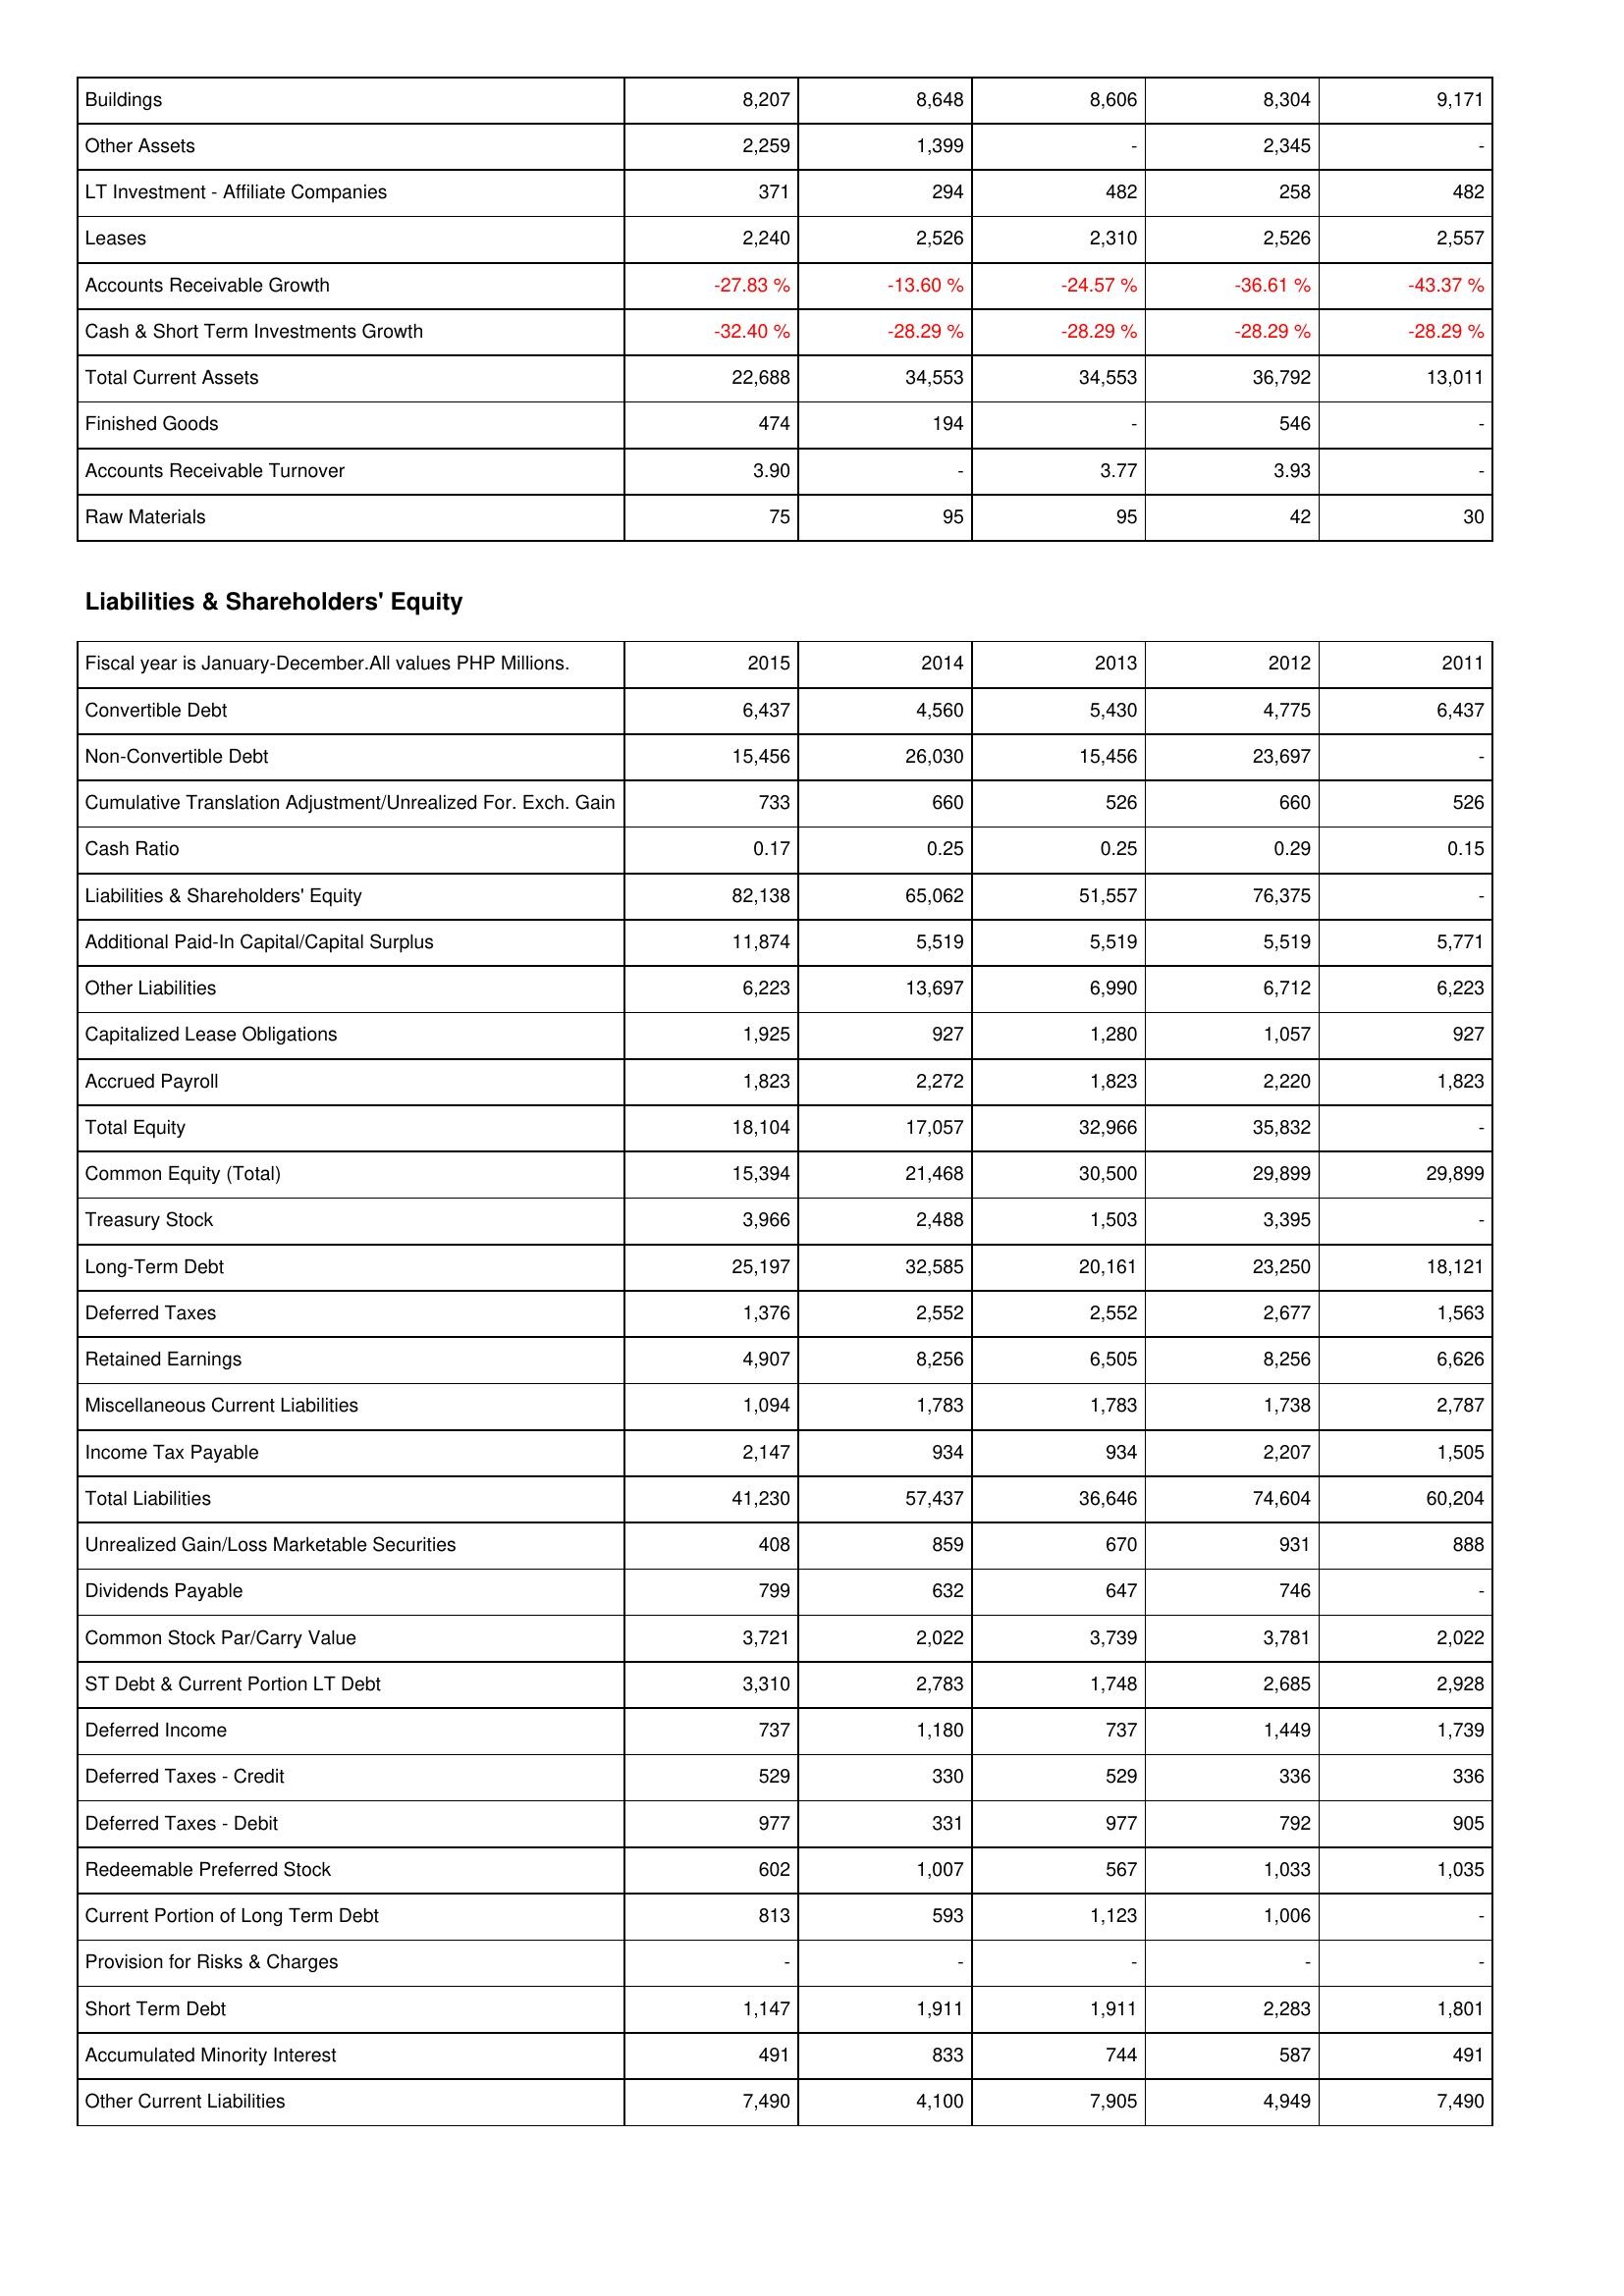
2015: Assets: Buildings: 8,207
Other Assets: 2,259
LT Investment - Affiliate Companies: 371
Leases: 2,240
Accounts Receivable Growth: -27.83 %
Cash & Short Term Investments Growth: -32.40 %
Total Current Assets: 22,688
Finished Goods: 474
Accounts Receivable Turnover: 3.90
Raw Materials: 75
Liabilities & Shareholders' Equity: Convertible Debt: 6,437
Non-Convertible Debt: 15,456
Cumulative Translation Adjustment/Unrealized For. Exch. Gain: 733
Cash Ratio: 0.17
Liabilities & Shareholders' Equity: 82,138
Additional Paid-In Capital/Capital Surplus: 11,874
Other Liabilities: 6,223
Capitalized Lease Obligations: 1,925
Accrued Payroll: 1,823
Total Equity: 18,104
Common Equity (Total): 15,394
Treasury Stock: 3,966
Long-Term Debt: 25,197
Deferred Taxes: 1,376
Retained Earnings: 4,907
Miscellaneous Current Liabilities: 1,094
Income Tax Payable: 2,147
Total Liabilities: 41,230
Unrealized Gain/Loss Marketable Securities: 408
Dividends Payable: 799
Common Stock Par/Carry Value: 3,721
ST Debt & Current Portion LT Debt: 3,310
Deferred Income: 737
Deferred Taxes - Credit: 529
Deferred Taxes - Debit: 977
Redeemable Preferred Stock: 602
Current Portion of Long Term Debt: 813
Provision for Risks & Charges: -
Short Term Debt: 1,147
Accumulated Minority Interest: 491
Other Current Liabilities: 7,490
2014: Assets: Buildings: 8,648
Other Assets: 1,399
LT Investment - Affiliate Companies: 294
Leases: 2,526
Accounts Receivable Growth: -13.60 %
Cash & Short Term Investments Growth: -28.29 %
Total Current Assets: 34,553
Finished Goods: 194
Accounts Receivable Turnover: -
Raw Materials: 95
Liabilities & Shareholders' Equity: Convertible Debt: 4,560
Non-Convertible Debt: 26,030
Cumulative Translation Adjustment/Unrealized For. Exch. Gain: 660
Cash Ratio: 0.25
Liabilities & Shareholders' Equity: 65,062
Additional Paid-In Capital/Capital Surplus: 5,519
Other Liabilities: 13,697
Capitalized Lease Obligations: 927
Accrued Payroll: 2,272
Total Equity: 17,057
Common Equity (Total): 21,468
Treasury Stock: 2,488
Long-Term Debt: 32,585
Deferred Taxes: 2,552
Retained Earnings: 8,256
Miscellaneous Current Liabilities: 1,783
Income Tax Payable: 934
Total Liabilities: 57,437
Unrealized Gain/Loss Marketable Securities: 859
Dividends Payable: 632
Common Stock Par/Carry Value: 2,022
ST Debt & Current Portion LT Debt: 2,783
Deferred Income: 1,180
Deferred Taxes - Credit: 330
Deferred Taxes - Debit: 331
Redeemable Preferred Stock: 1,007
Current Portion of Long Term Debt: 593
Provision for Risks & Charges: -
Short Term Debt: 1,911
Accumulated Minority Interest: 833
Other Current Liabilities: 4,100
2013: Assets: Buildings: 8,606
Other Assets: -
LT Investment - Affiliate Companies: 482
Leases: 2,310
Accounts Receivable Growth: -24.57 %
Cash & Short Term Investments Growth: -28.29 %
Total Current Assets: 34,553
Finished Goods: -
Accounts Receivable Turnover: 3.77
Raw Materials: 95
Liabilities & Shareholders' Equity: Convertible Debt: 5,430
Non-Convertible Debt: 15,456
Cumulative Translation Adjustment/Unrealized For. Exch. Gain: 526
Cash Ratio: 0.25
Liabilities & Shareholders' Equity: 51,557
Additional Paid-In Capital/Capital Surplus: 5,519
Other Liabilities: 6,990
Capitalized Lease Obligations: 1,280
Accrued Payroll: 1,823
Total Equity: 32,966
Common Equity (Total): 30,500
Treasury Stock: 1,503
Long-Term Debt: 20,161
Deferred Taxes: 2,552
Retained Earnings: 6,505
Miscellaneous Current Liabilities: 1,783
Income Tax Payable: 934
Total Liabilities: 36,646
Unrealized Gain/Loss Marketable Securities: 670
Dividends Payable: 647
Common Stock Par/Carry Value: 3,739
ST Debt & Current Portion LT Debt: 1,748
Deferred Income: 737
Deferred Taxes - Credit: 529
Deferred Taxes - Debit: 977
Redeemable Preferred Stock: 567
Current Portion of Long Term Debt: 1,123
Provision for Risks & Charges: -
Short Term Debt: 1,911
Accumulated Minority Interest: 744
Other Current Liabilities: 7,905
2012: Assets: Buildings: 8,304
Other Assets: 2,345
LT Investment - Affiliate Companies: 258
Leases: 2,526
Accounts Receivable Growth: -36.61 %
Cash & Short Term Investments Growth: -28.29 %
Total Current Assets: 36,792
Finished Goods: 546
Accounts Receivable Turnover: 3.93
Raw Materials: 42
Liabilities & Shareholders' Equity: Convertible Debt: 4,775
Non-Convertible Debt: 23,697
Cumulative Translation Adjustment/Unrealized For. Exch. Gain: 660
Cash Ratio: 0.29
Liabilities & Shareholders' Equity: 76,375
Additional Paid-In Capital/Capital Surplus: 5,519
Other Liabilities: 6,712
Capitalized Lease Obligations: 1,057
Accrued Payroll: 2,220
Total Equity: 35,832
Common Equity (Total): 29,899
Treasury Stock: 3,395
Long-Term Debt: 23,250
Deferred Taxes: 2,677
Retained Earnings: 8,256
Miscellaneous Current Liabilities: 1,738
Income Tax Payable: 2,207
Total Liabilities: 74,604
Unrealized Gain/Loss Marketable Securities: 931
Dividends Payable: 746
Common Stock Par/Carry Value: 3,781
ST Debt & Current Portion LT Debt: 2,685
Deferred Income: 1,449
Deferred Taxes - Credit: 336
Deferred Taxes - Debit: 792
Redeemable Preferred Stock: 1,033
Current Portion of Long Term Debt: 1,006
Provision for Risks & Charges: -
Short Term Debt: 2,283
Accumulated Minority Interest: 587
Other Current Liabilities: 4,949
2011: Assets: Buildings: 9,171
Other Assets: -
LT Investment - Affiliate Companies: 482
Leases: 2,557
Accounts Receivable Growth: -43.37 %
Cash & Short Term Investments Growth: -28.29 %
Total Current Assets: 13,011
Finished Goods: -
Accounts Receivable Turnover: -
Raw Materials: 30
Liabilities & Shareholders' Equity: Convertible Debt: 6,437
Non-Convertible Debt: -
Cumulative Translation Adjustment/Unrealized For. Exch. Gain: 526
Cash Ratio: 0.15
Liabilities & Shareholders' Equity: -
Additional Paid-In Capital/Capital Surplus: 5,771
Other Liabilities: 6,223
Capitalized Lease Obligations: 927
Accrued Payroll: 1,823
Total Equity: -
Common Equity (Total): 29,899
Treasury Stock: -
Long-Term Debt: 18,121
Deferred Taxes: 1,563
Retained Earnings: 6,626
Miscellaneous Current Liabilities: 2,787
Income Tax Payable: 1,505
Total Liabilities: 60,204
Unrealized Gain/Loss Marketable Securities: 888
Dividends Payable: -
Common Stock Par/Carry Value: 2,022
ST Debt & Current Portion LT Debt: 2,928
Deferred Income: 1,739
Deferred Taxes - Credit: 336
Deferred Taxes - Debit: 905
Redeemable Preferred Stock: 1,035
Current Portion of Long Term Debt: -
Provision for Risks & Charges: -
Short Term Debt: 1,801
Accumulated Minority Interest: 491
Other Current Liabilities: 7,490